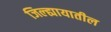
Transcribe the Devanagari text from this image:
जिल्ह्यायातील